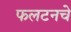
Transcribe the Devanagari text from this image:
फलटनचे